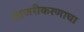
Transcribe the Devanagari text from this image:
साजरीकरणाचा